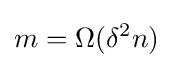
m=\Omega (\delta ^{2}n)